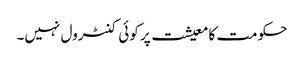
حکومت کا معیشت پر کوئی کنٹرول نہیں۔